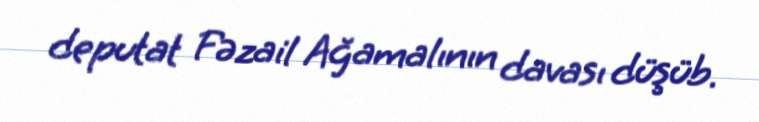
deputat Fəzail Ağamalının davası düşüb.